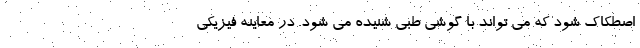
اصطکاک شود که می تواند با گوشی طبی شنیده می شود. در معاینه فیزیکی